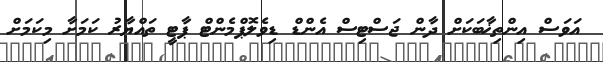
އަވަސް އިންތިޚާބަކަށް ދާން ޖަސްޓިސް އެންޑް ޑިވެލޮޕްމެންޓް ޕާޓީ ތައްޔާރު ކަމަށާ މިކަމަށް